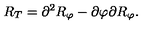
R _ { T } = \partial ^ { 2 } R _ { \varphi } - \partial \varphi \partial R _ { \varphi } .